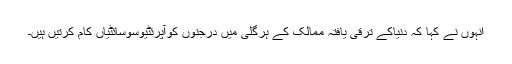
انہوں نے کہا کہ دنیاکے ترقی یافتہ ممالک کے ہرگلی میں درجنوں کوآپرئٹیوسوسائٹیاں کام کرتیں ہیں۔